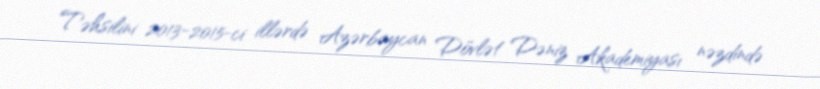
Təhsilini 2013-2015-ci illərdə Azərbaycan Dövlət Dəniz Akademiyası nəzdində